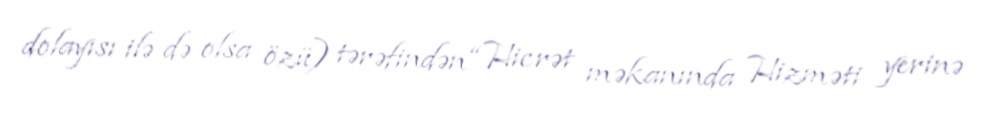
dolayısı ilə də olsa özü) tərəfindən “Hicrət məkanında Hizməti yerinə